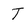
Character: T